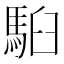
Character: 𩢹